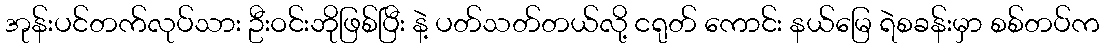
အုန်းပင်တက်လုပ်သား ဦးဝင်းဘိုဖြစ်ပြီး နဲ့ ပတ်သတ်တယ်လို့ ငရုတ် ကောင်း နယ်မြေ ရဲစခန်းမှာ စစ်တပ်က